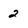
Character: 2